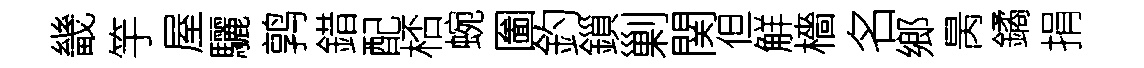
畿竽屋驪鹑錯配桮蜿圗釣鎻剿関但觧檣名鄉昺鐍捐